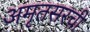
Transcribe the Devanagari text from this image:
अमृतसरची